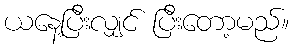
ယနေ့ပြီးလျှင် ပြီးတော့မည်။